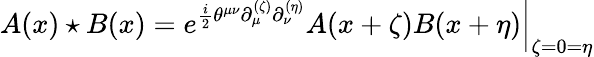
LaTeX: A(x)\star B(x)=\left.e^{\frac{i}{2}\theta^{\mu\nu}\partial_{\mu}^{(\zeta)}\partial_{\nu}^{(\eta)}}A(x+\zeta)B(x+\eta)\right|_{\zeta=0=\eta}